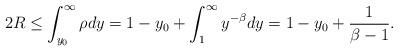
LaTeX: \begin{align*}2R\leq \int_{y_0}^\infty\rho dy = 1-y_0+\int_1^\infty y^{-\beta}dy=1-y_0+\frac{1}{\beta-1}.\end{align*}